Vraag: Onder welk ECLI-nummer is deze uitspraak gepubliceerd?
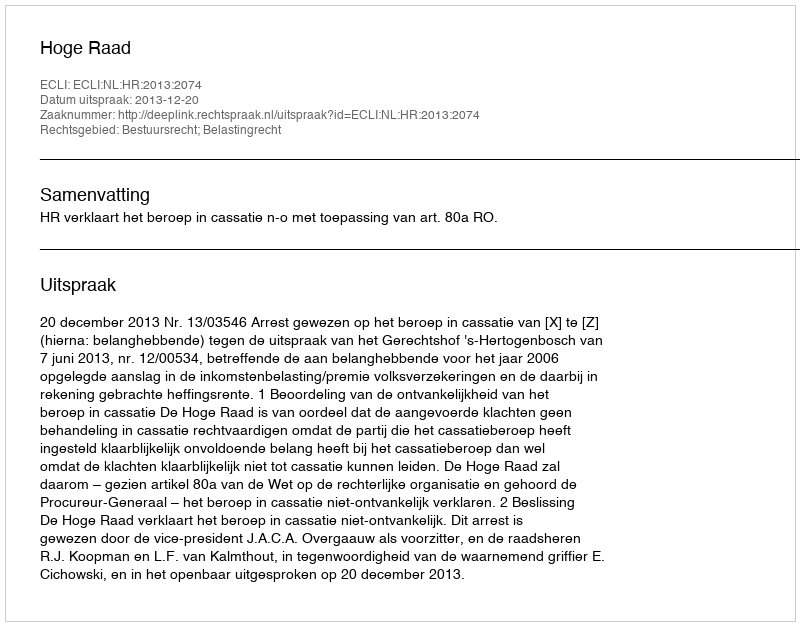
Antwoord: ECLI:NL:HR:2013:2074